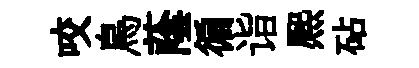
咬鳥蔭徧诣熈砧